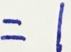
= 1